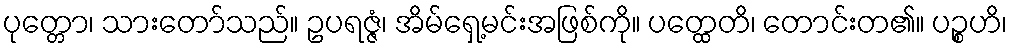
ပုတ္တော၊ သားတော်သည်။ ဥပရဇ္ဇံ၊ အိမ်ရှေ့မင်းအဖြစ်ကို။ ပတ္ထေတိ၊ တောင်းတ၏။ ပဉ္စဟိ၊